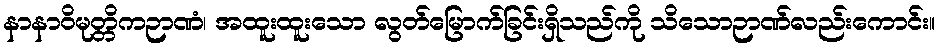
နာနာဝိမုတ္တိကဉာဏံ၊ အထူးထူးသော လွတ်မြောက်ခြင်းရှိသည်ကို သိသောဉာဏ်လည်းကောင်း။